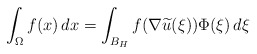
\begin{align*} \int _\Omega f(x)\, dx = \int _{B_{H}} f(\nabla \widetilde u (\xi)) \Phi(\xi)\, d\xi \end{align*}